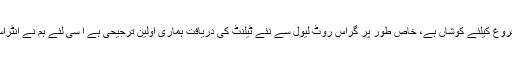
ڈاکٹر فرحان عیسی نے کہا کہ ہمارا ادارہ ملک میں کھیلوں کے فروغ کیلئے کوشاں ہے، خاص طور پر گراس روٹ لیول سے نئے ٹیلنٹ کی دریافت ہماری اولین ترجیحی ہے ا سی لئے ہم نے انٹراسکول سافٹ بال چیمپئین شپ کو اسپانسر کرنے کا فیصلہ کیا ہے۔